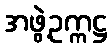
အဖွဲ့ဥက္ကဋ္ဌ